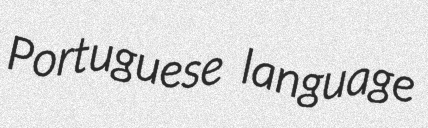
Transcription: Portuguese language